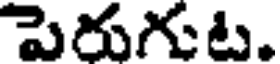
పెరుగుట.